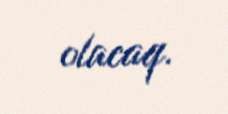
olacaq.